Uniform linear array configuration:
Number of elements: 4
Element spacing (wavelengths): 0.5
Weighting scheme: kaiser
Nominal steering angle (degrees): -15
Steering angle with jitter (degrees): -13.054
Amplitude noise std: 0.05
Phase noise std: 0.05

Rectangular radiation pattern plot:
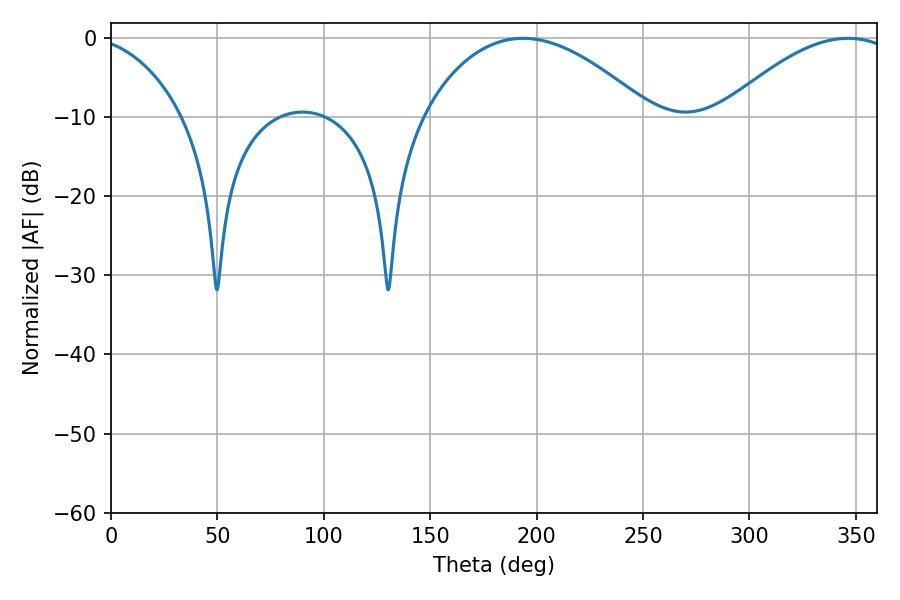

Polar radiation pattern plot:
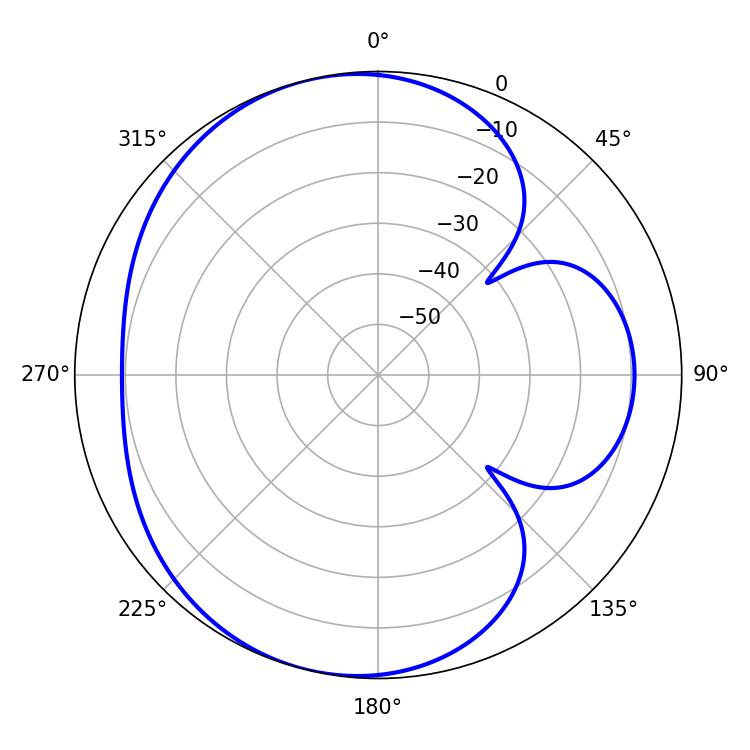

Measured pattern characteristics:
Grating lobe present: FALSE
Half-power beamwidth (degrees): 59.4
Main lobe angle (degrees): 193.68